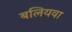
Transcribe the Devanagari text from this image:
बलियवा